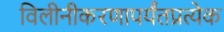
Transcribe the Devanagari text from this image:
विलीनीकरणापर्यंतप्रत्येक